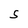
Character: S